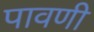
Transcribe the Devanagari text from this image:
पावणी